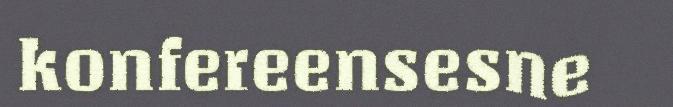
konfereensesne